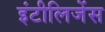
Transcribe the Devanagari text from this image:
इंटीलिजेंस